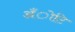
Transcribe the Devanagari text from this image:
अँोटि